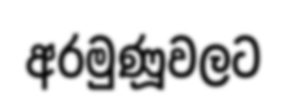
අරමුණූවලට